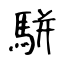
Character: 駢